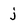
Character: j